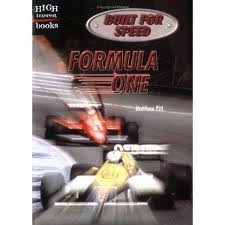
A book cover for Built for Speed:  Formula One  (High Interest Books); Matthew Pitt; Teen & Young Adult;